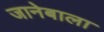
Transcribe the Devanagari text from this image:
जानेबाला